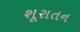
શૂરાતન